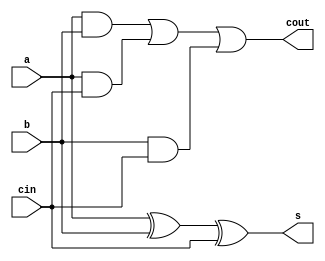
module sumator(a,b,cin,s,cout);
input a,b,cin;
output s,cout;
wire w1,w2,w3;
wire w4;

assign w1 = (a&b);
assign w2 = (a&cin);
assign w3 = (b&cin);

assign cout = (w1|w2|w3);
assign s = (a^b^cin);

endmodule